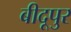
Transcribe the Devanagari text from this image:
बीदूपुर